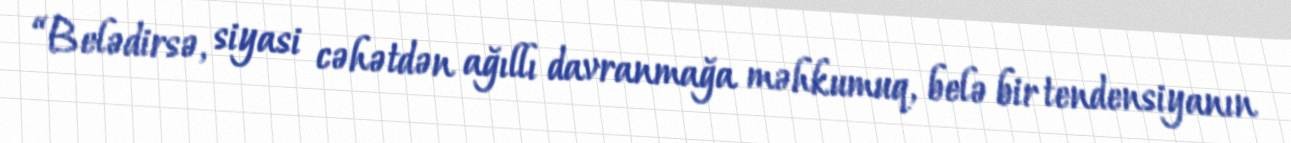
“Belədirsə, siyasi cəhətdən ağıllı davranmağa məhkumuq, belə bir tendensiyanın